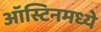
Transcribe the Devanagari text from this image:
ऑस्टिनमध्ये